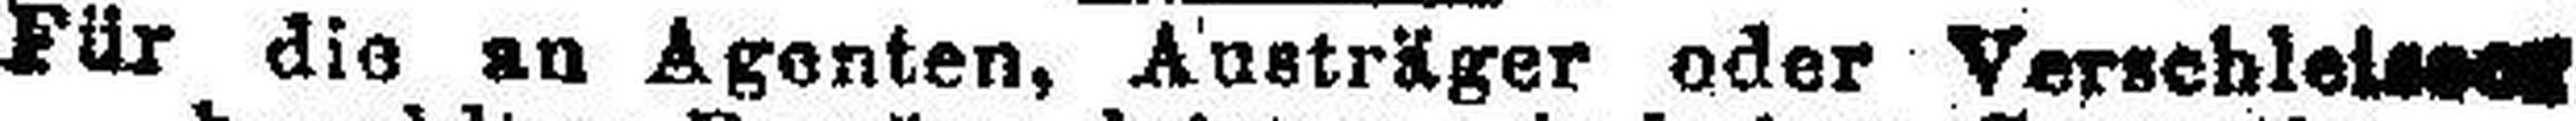
Für die an Agenten, Austräger oder Verschleissen